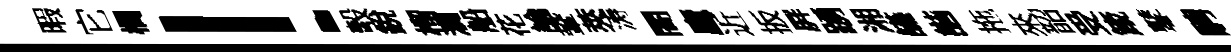
暇它欄！彀銳榴瀾船花論鞏莢涛閤廬近扳屛踴湘讌諧拖來韶受箴鼕騁